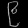
Digit: ၉